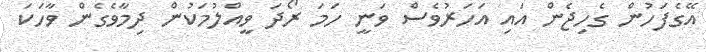
އޭގެފަހުން ގެހިޖެން އައި އަހަރުވެސް ވަނީ ހަމަ ރޯދަ ވީއްލުމަކުން ދިމާވެގެން ވާހަކަ